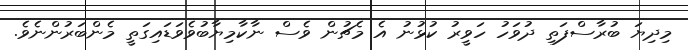
މިދިޔަ ބުރާސްފަތި ދުވަހު ހަވީރު ކުޅުނު އެ މެޗުން ވެސް ނާކާމިޔާބުވެވަޑައިގަތީ މެންބަރުންނެވެ.